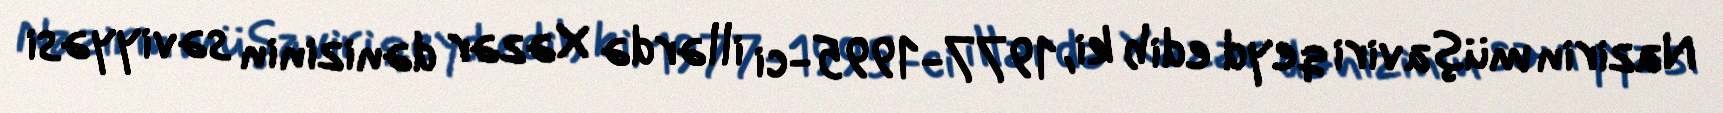
Nazirin müşaviri qeyd edib ki, 1977-1995-ci illərdə Xəzər dənizinin səviyyəsi